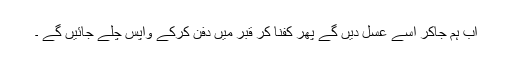
اب ہم جاکر اسے عسل دیں گے پھر کفنا کر قبر میں دفن کرکے واپس چلے جائیں گے ۔